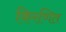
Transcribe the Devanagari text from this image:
किरणित